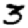
Digit: 3